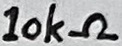
Text: 10kΩ